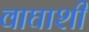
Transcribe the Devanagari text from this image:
वाघाशी